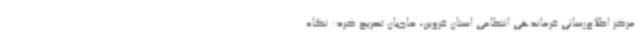
مرکز اطلاع‌رسانی فرماندهی انتظامی استان قزوین، حاجیان تصریح کرد: نگاه